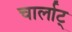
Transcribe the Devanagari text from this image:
चार्लाट्